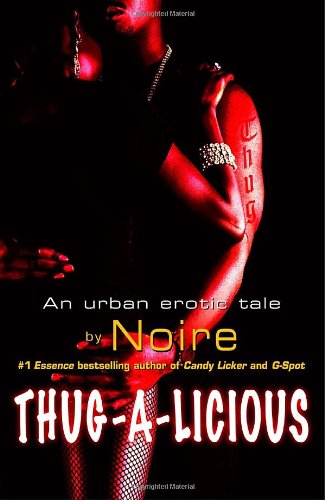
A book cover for Thug-A-Licious; Noire; Romance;